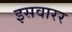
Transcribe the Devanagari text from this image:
इसवारर